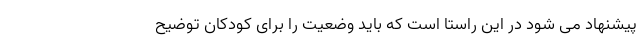
پیشنهاد می شود در این راستا است که باید وضعیت را برای کودکان توضیح